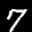
Label: 7